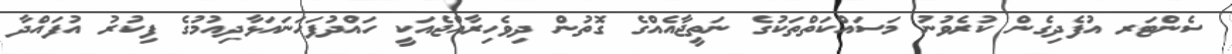
ސެންޓަރ އުފެދިގެން ކުރެވުނު މަސައްކަތްތަކުގެ ނަތީޖާއެއްގެ ގޮތުން ދިވެހިރާއްޖެއަކީ ހައްދުފަހަނައަޅާދިއުމުގެ ފިކުރު އުފައްދާ